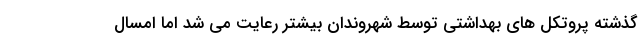
گذشته پروتکل های بهداشتی توسط شهروندان بیشتر رعایت می شد اما امسال